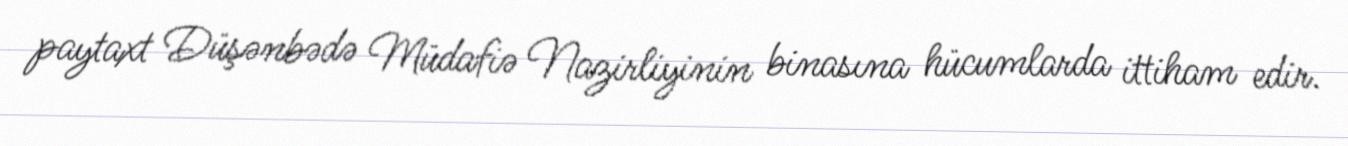
paytaxt Düşənbədə Müdafiə Nazirliyinin binasına hücumlarda ittiham edir.